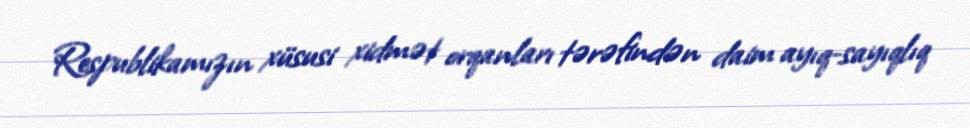
Respublikamızın xüsusi xidmət orqanları tərəfindən daim ayıq-sayıqlıq